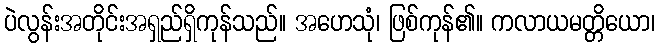
ပဲလွန်းအတိုင်းအရှည်ရှိကုန်သည်။ အဟေသုံ၊ ဖြစ်ကုန်၏။ ကလာယမတ္တိယော၊